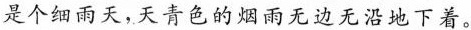
是个细雨天，天青色的烟雨无边无沿地下着。